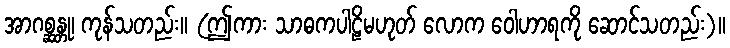
အာဂစ္ဆန္တု၊ ကုန်သတည်း။ (ဤကား သာဓကပါဠိမဟုတ် လောက ဝေါဟာရကို ဆောင်သတည်း)။